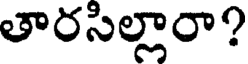
తారసిల్లారా?